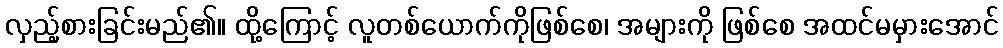
လှည့်စားခြင်းမည်၏။ ထို့ကြောင့် လူတစ်ယောက်ကိုဖြစ်စေ၊ အများကို ဖြစ်စေ အထင်မမှားအောင်